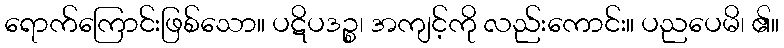
ရောက်ကြောင်းဖြစ်သော။ ပဋိပဒဉ္စ၊ အကျင့်ကို လည်းကောင်း။ ပညပေမိ၊ ၏။